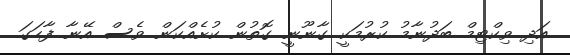
އަދި ވިކްޓިމް ބަދުނާމު ކުރުމަކީ ގާނޫނީ ގޮތުން ކުށެއްކަން ވެސް އޭނާ ފާހަގަ